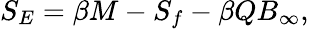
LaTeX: S_{E}=\beta M-S_{f}-\beta QB_{\infty},